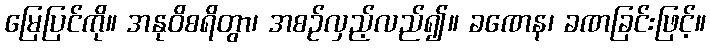
မြေပြင်ကို။ အနုဝိစရိတွာ၊ အစဉ်လှည့်လည်၍။ ခဏေန၊ ခဏခြင်းဖြင့်။